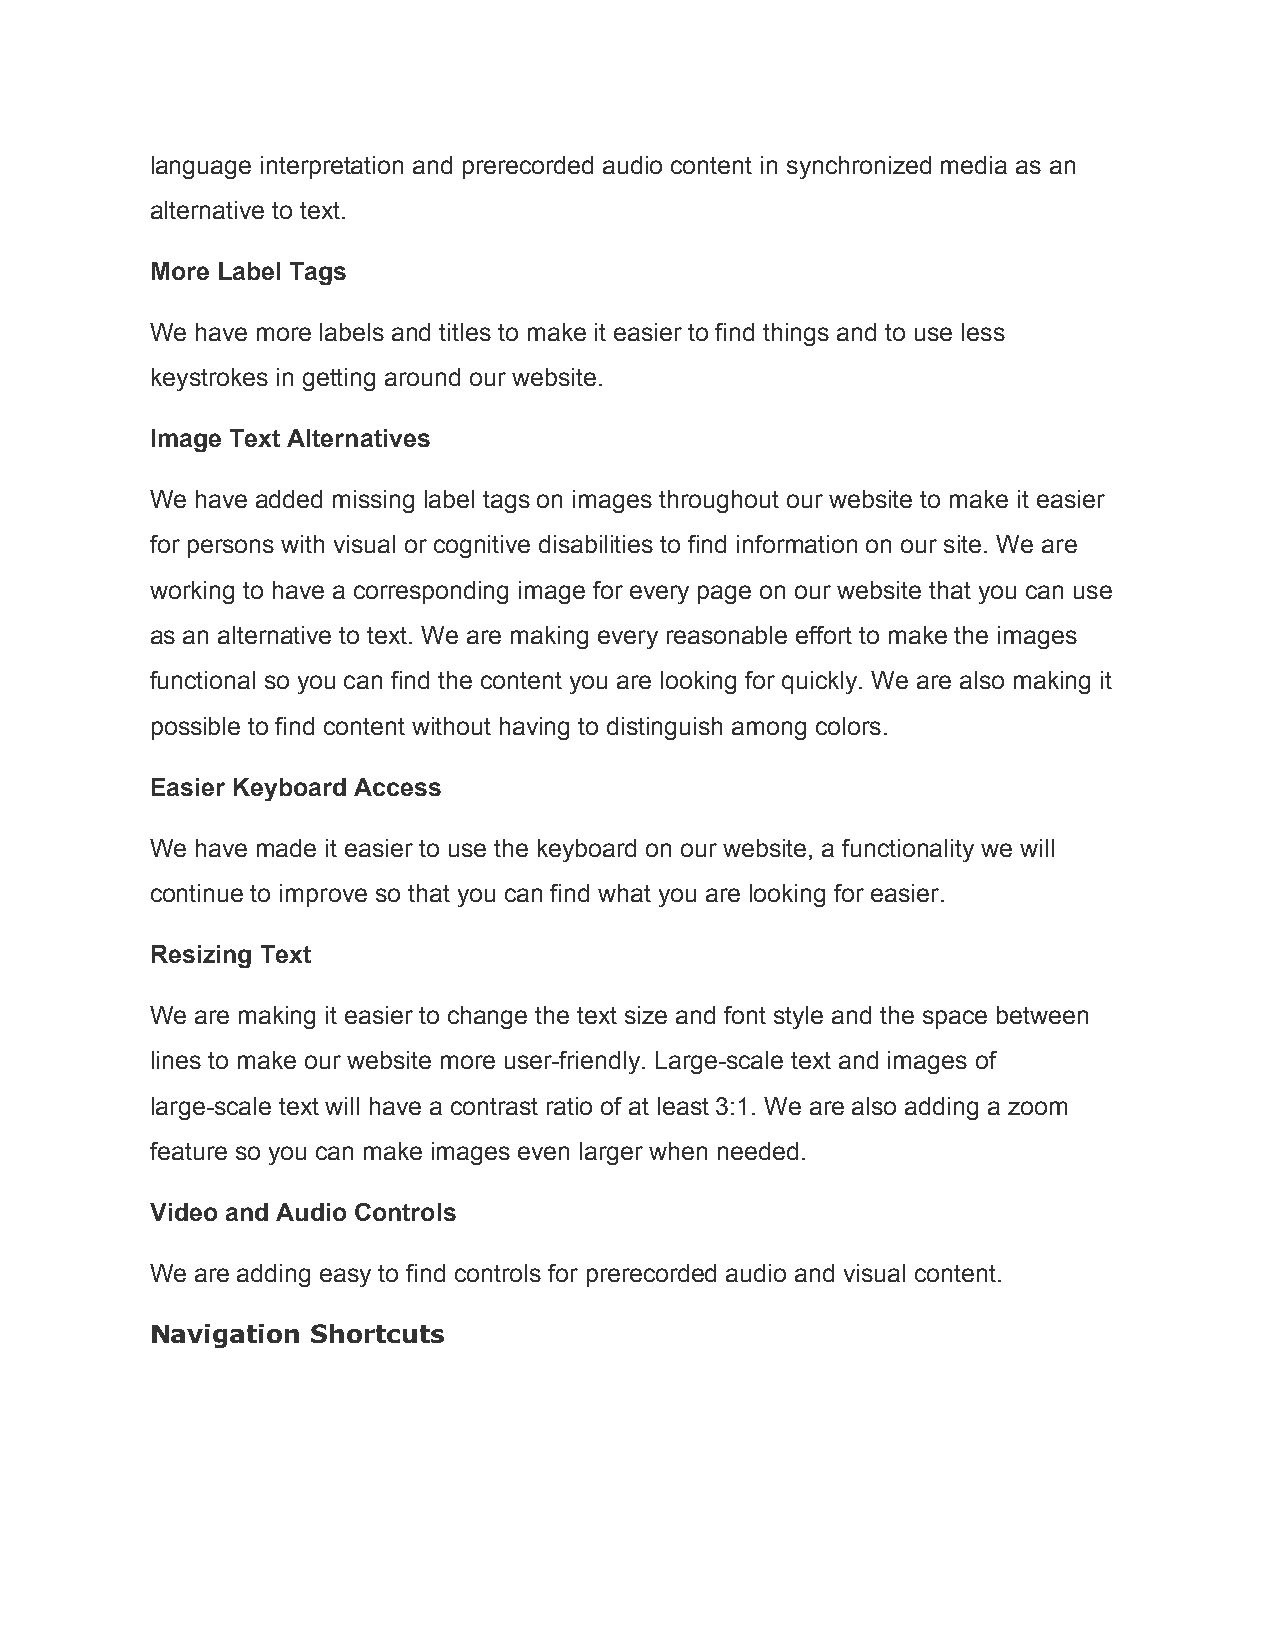
language interpretation and prerecorded audio content in synchronized media as an
 alternative to text.
 More Label Tags
 We have more labels and titles to make it easier to find things and to use less
 keystrokes in getting around our website.
 Image Text Alternatives
 We have added missing label tags on images throughout our website to make it easier
 for persons with visual or cognitive disabilities to find information on our site. We are
 working to have a corresponding image for every page on our website that you can use
 as an alternative to text. We are making every reasonable effort to make the images
 functional so you can find the content you are looking for quickly. We are also making it
 possible to find content without having to distinguish among colors.
 Easier Keyboard Access
 We have made it easier to use the keyboard on our website, a functionality we will
 continue to improve so that you can find what you are looking for easier.
 Resizing Text
 We are making it easier to change the text size and font style and the space between
 lines to make our website more user-friendly. Large-scale text and images of
 large-scale text will have a contrast ratio of at least 3:1. We are also adding a zoom
 feature so you can make images even larger when needed.
 Video and Audio Controls
 We are adding easy to find controls for prerecorded audio and visual content.
 Navigation Shortcuts